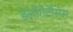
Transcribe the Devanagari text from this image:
डेलीगेटेंसिस